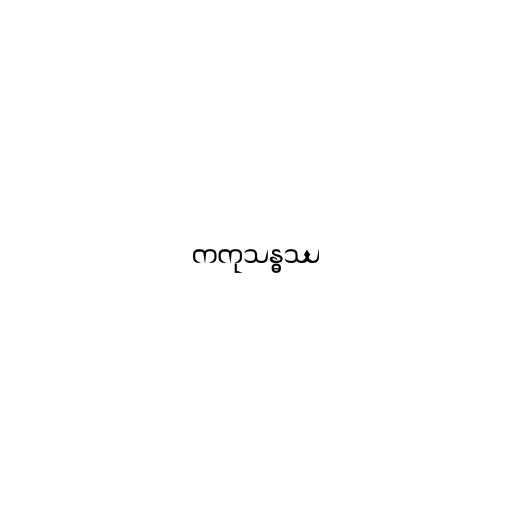
ကကုသန္ဓဿ